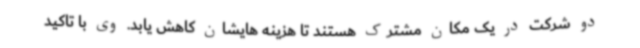
دو شرکت در یک مکان مشترک هستند تا هزینه هایشان کاهش یابد. وی با تاکید